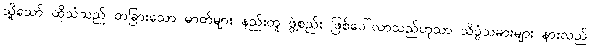
သို့သော် ထိုသံသည် တခြားသော ဓာတ်များ နည်းတူ ဖွဲ့စည်း ဖြစ်ပေါ်လာသည်ဟုသာ သိပ္ပံသမားများ နားလည်